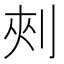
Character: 㓨